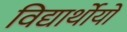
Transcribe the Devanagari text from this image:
विद्यार्थोयों